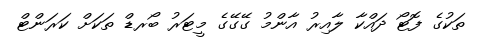
ތަކުގެ ފޮޓޯ ދައްކާ ލާއިރު އާންމު ގޭގޭގެ މީޓަރު ބޯރޑް ތަކަށް ކަރަންޓް